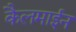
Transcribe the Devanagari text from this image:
कैलमाईन